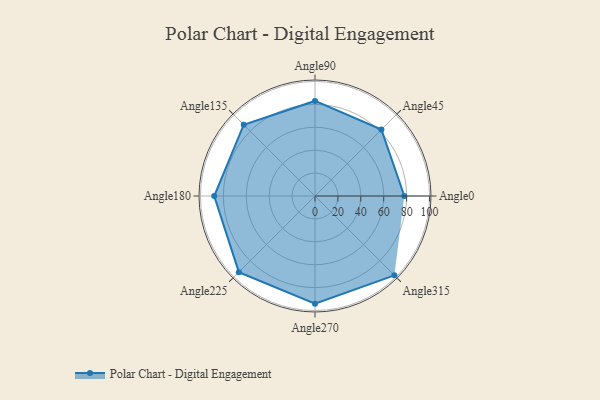
{"axis": {"x": "Angle", "y": "Radius"}, "legend": [""], "data": [{"x": "Angle0", "y": 78.0, "type": ""}, {"x": "Angle45", "y": 82.0, "type": ""}, {"x": "Angle90", "y": 83.0, "type": ""}, {"x": "Angle135", "y": 88.0, "type": ""}, {"x": "Angle180", "y": 88.0, "type": ""}, {"x": "Angle225", "y": 94.0, "type": ""}, {"x": "Angle270", "y": 94.0, "type": ""}, {"x": "Angle315", "y": 98.0, "type": ""}]}